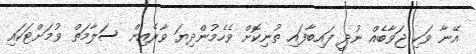
އޭނާ ވަކި ޖަވާބެއް ނުދީ ފައިބާފައި ތުނިކޮށް ވެހެމުންދިޔަ ވާރެއިން ސަލާމަތް ވުމަށްޓަކައި